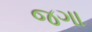
જગા